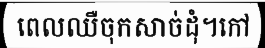
ពេលឈឺចុកសាច់ដុំ។កៅ